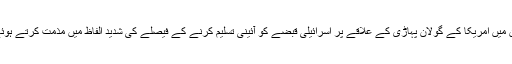
عرب میڈیا کے مطابق سعودی حکومت کی جانب سے جاری بیان میں امریکا کے گولان پہاڑی کے علاقے پر اسرائیلی قبضے کو آئینی تسلیم کرنے کے فیصلے کی شدید الفاظ میں مذمت کرتے ہوئے اس فیصلے کو خطے کے امن کے لیے خطرناک قرار دیا ہے۔